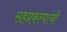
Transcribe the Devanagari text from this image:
सहप्रकल्पांची